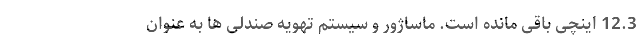
12.3 اینچی باقی مانده است. ماساژور و سیستم تهویه صندلی ها به عنوان